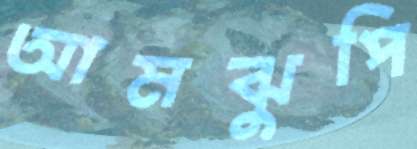
আমঝুপি